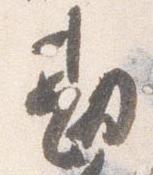
勘